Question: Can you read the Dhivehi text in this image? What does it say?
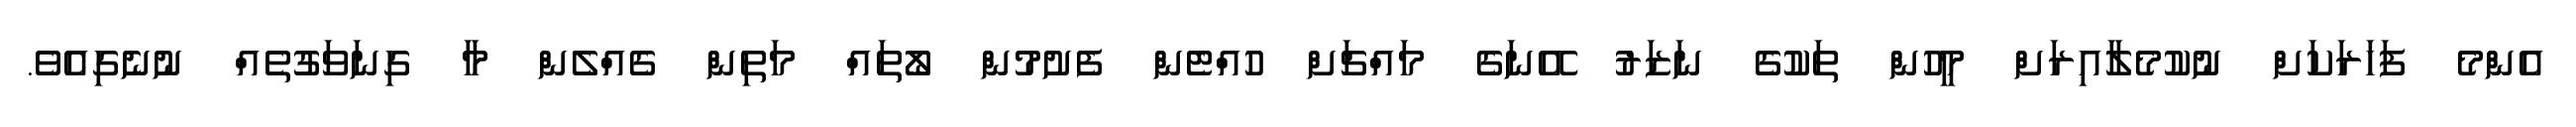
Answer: އެންމެ ފަހަރަކަށް ނުކުމެލާއިރަށް މީހުން ތަކުގެ ނަޒަރު އޭނަގެ މައްޗަށް ހުއްޓެން ފެށުމުން ލޯތައް މަތިން ގެއްލެން މާ ގިނަވަގުތެއް ނުނެގިއެވެ.